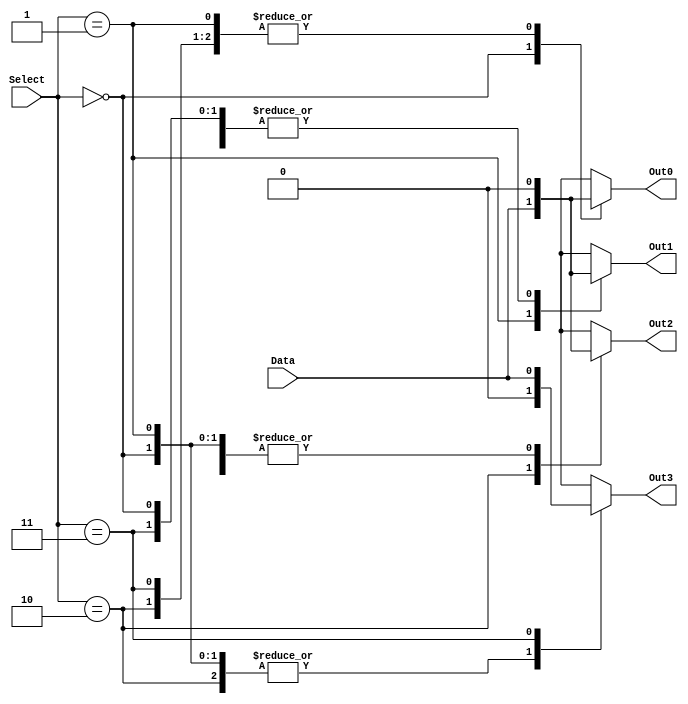
module demux_2to4 (
    input [1:0] Select,
    input Data,
    output reg Out0,
    output reg Out1,
    output reg Out2,
    output reg Out3
);

always @(*) begin
    case (Select)
        2'b00: begin
            Out0 = Data;
            Out1 = 0;
            Out2 = 0;
            Out3 = 0;
        end
        
        2'b01: begin
            Out0 = 0;
            Out1 = Data;
            Out2 = 0;
            Out3 = 0;
        end
        
        2'b10: begin
            Out0 = 0;
            Out1 = 0;
            Out2 = Data;
            Out3 = 0;
        end
        
        2'b11: begin
            Out0 = 0;
            Out1 = 0;
            Out2 = 0;
            Out3 = Data;
        end
    endcase
end

endmodule